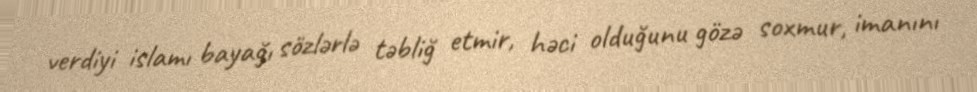
verdiyi islamı bayağı sözlərlə təbliğ etmir, həci olduğunu gözə soxmur, imanını